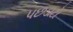
પછડાટો